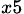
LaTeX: _{x5}